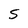
Character: S